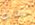
للكاتب